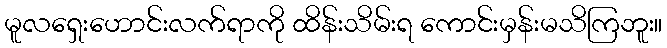
မူလရှေးဟောင်းလက်ရာကို ထိန်းသိမ်းရ ကောင်းမှန်းမသိကြဘူး။